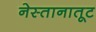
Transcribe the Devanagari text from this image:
नेस्तानातूट